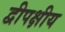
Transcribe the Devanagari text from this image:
द्वीपक्षीय